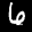
Label: 6